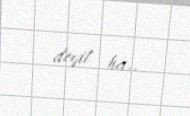
deyil ha..